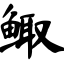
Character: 鲰